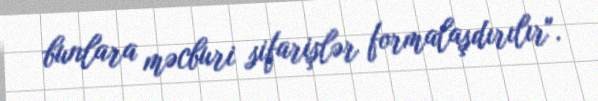
bunlara məcburi sifarişlər formalaşdırılır".